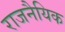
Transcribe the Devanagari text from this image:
राजनैयिक